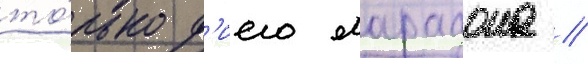
то́лько д'иего марадона //